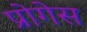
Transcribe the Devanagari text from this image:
प्रोगेस